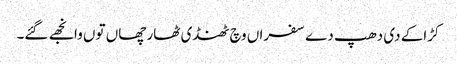
کڑاکے دی دھپ دے سفراں وچ ٹھنڈی ٹھار چھاں توں وانجھے گئے۔